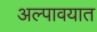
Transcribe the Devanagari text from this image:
अल्पावयात